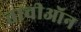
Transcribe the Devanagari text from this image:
ताचीऑन